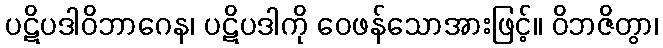
ပဋိပဒါဝိဘာဂေန၊ ပဋိပဒါကို ဝေဖန်သောအားဖြင့်။ ဝိဘဇိတွာ၊